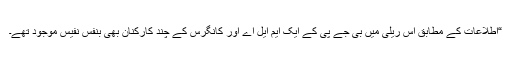
“اطلاعات کے مطابق اِس ریلی میں بی جے پی کے ایک ایم ایل اے اور کانگرس کے چند کارکنان بھی بنفسِ نفیس موجود تھے۔